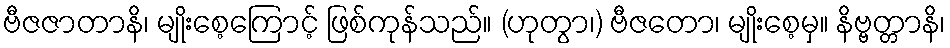
ဗီဇဇာတာနိ၊ မျိုးစေ့ကြောင့် ဖြစ်ကုန်သည်။ (ဟုတွာ၊) ဗီဇတော၊ မျိုးစေ့မှ။ နိဗ္ဗတ္တာနိ၊